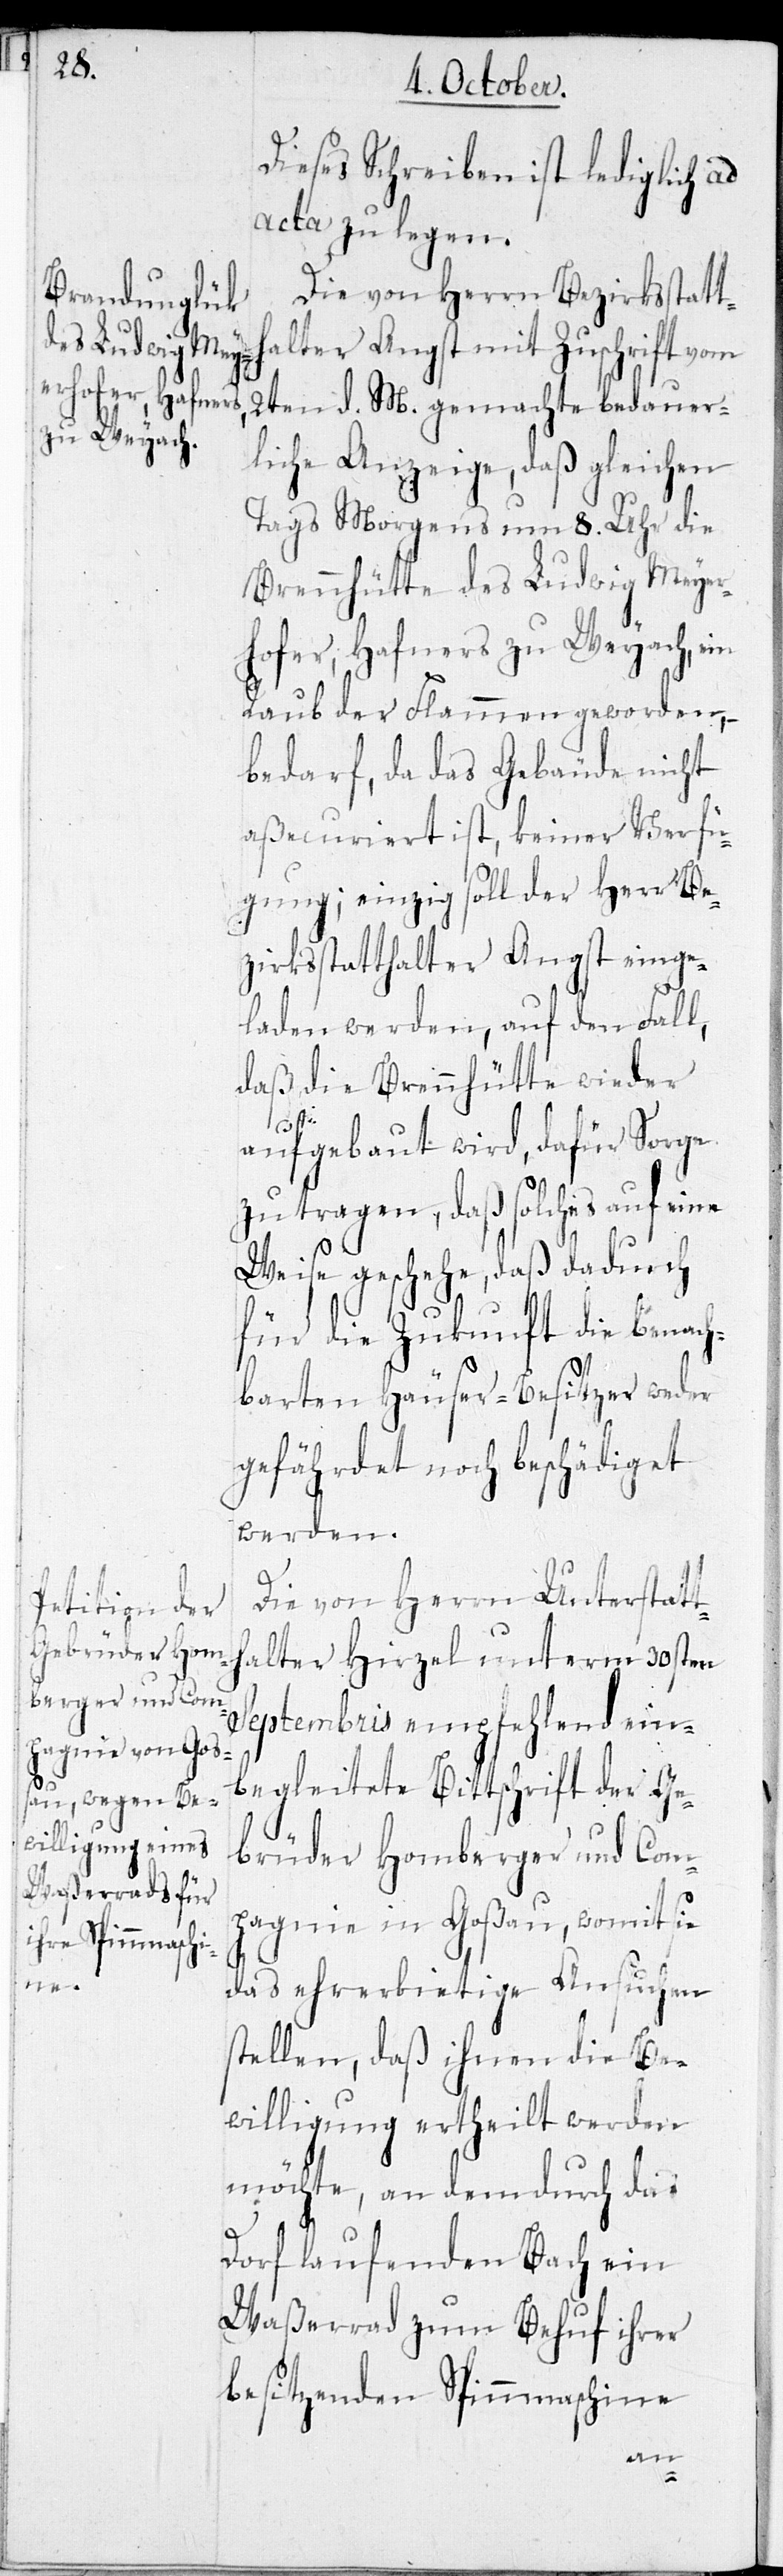
Dieses Schreiben ist lediglich ad
acta zu legen.
Die von Herrn Bezirksstatt¬
halter Angst mit Zuschrift vom
2ten d. M. gemachte bedauer¬
liche Anzeige, daß gleichen
Tags morgens um 8. Uhr die
Brennhütte des Ludwig Meyer¬
hofer, Hafners zu Weyach, ein
Raub der Flammen geworden ,
bedarf, da das Gebäude nicht
aßecuriert ist, keiner Verfü¬
gung; einzig soll der Herr Be¬
zirksstatthalter Angst einge¬
laden werden, auf den Fall,
daß die Brennhütte wieder
aufgebaut wird, dafür Sorge
zu tragen, daß solches auf eine
Weise geschehe, daß dadurch
für die Zukunft die benach¬
barten Häuser-Besitzer weder
gefährdet noch beschädiget
werden.
Die von Herrn Unterstatt¬
halter Hirzel unterm 30sten
Septembris empfehlend ein¬
begleitete Bittschrift der Ge¬
brüder Homberger und Com¬
pagnie in Goßau, womit sie
das ehrerbietige Ansuchen
stellen, daß ihnen die Be¬
willigung ertheilt werden
möchte, an dem durch das
Dorf laufenden Bach ein
Waßerrad zum Behuf ihrer
besitzenden Spinnmaschine